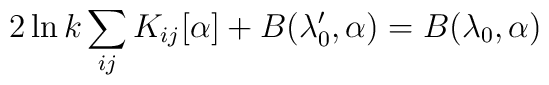
2 \ln k\sum_{ij} K_{ij} [\alpha]  + B(\lambda_0',\alpha) =B(\lambda_0, \alpha)